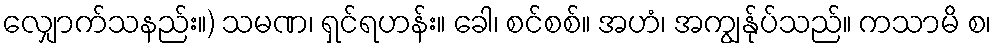
လျှောက်သနည်း။) သမဏ၊ ရှင်ရဟန်း။ ခေါ၊ စင်စစ်။ အဟံ၊ အကျွန်ုပ်သည်။ ကသာမိ စ၊